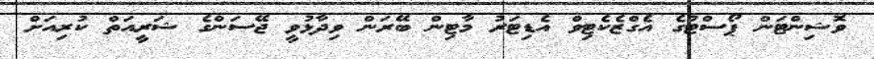
ވޮޝިންޓަން ޕޯސްޓުގެ އެގްޒެކެޓިވް އެޑިޓަރު މާޓިން ބޭރަން ވިދާޅުވީ ޖޭސަންގެ ޝަރީއަތް ކުރިއަށް